Vaccination United Provinces of Agra and Oudh 1914-1922 - 1914-1922
Year: 1914
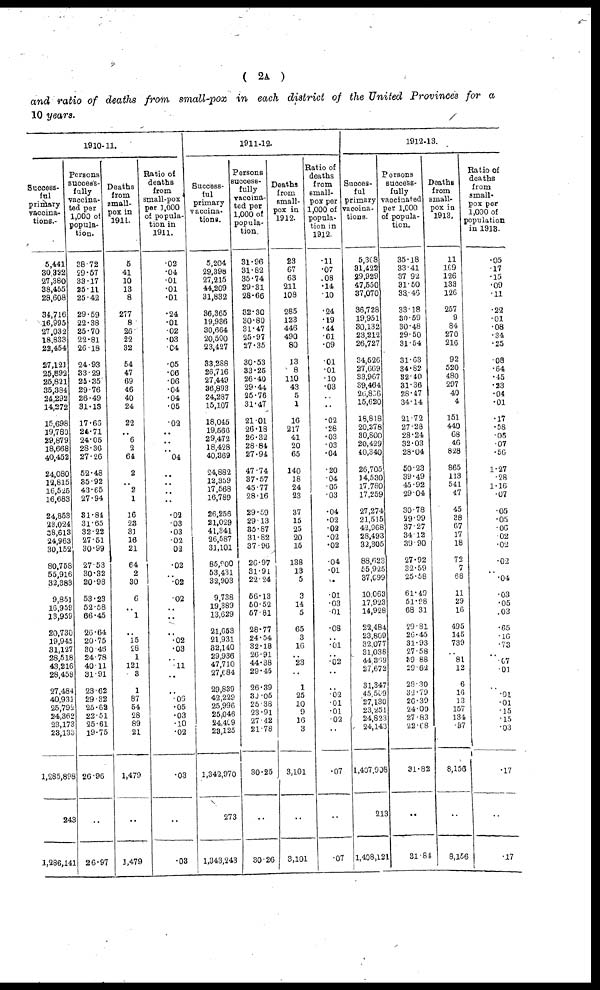
( 2A )
and ratio of deaths from small-pox in each district of the United Provinces for a
10 years.
1910-11.
Success-
ful
primary
vaccina¬
tions.
5,441
30,322
27,380
38,455
28,608
34,716
16,995
27,032
18,833
22,454
27,121
25,892
25,821
35,384
24,292
14,272
15,698
19,780
29,879
18,668
40,452
24,080
12,815
16,525
16,683
24,853
23,024
38,613
24,963
30,152
80,758
55,916
32,383
9,851
16,959
13,959
20,730
19,945
31,127
28,518
43,216
28,458
27,484
40,931
25,792
24,362
23,173
23,133
1,285,898
243
1,286,141
Persons
success-
fully
vaccina-
ted per
1,000 of
popula-
tion.
38.72
29.57
33.17
25.11
25.42
29.59
22.38
25.70
22.81
26.18
24.93
33.29
25.35
29.76
26.49
31.13
17.66
24.71
24.05
28.36
27.26
52.48
35.92
43.65
27.94
31.84
31.65
32.22
27.51
30.99
27.53
30.32
20.98
53.23
52.58
66.45
26.64
20.75
30.43
24.78
40.11
31.91
23.62
29.32
25.62
22.51
25.61
19.75
26.96
..
26.97
Deaths
from
small-
pox in
1911.
5
41
10
13
8
277
8
26
22
32
54
47
69
46
40
24
22
..
6
2
64
2
..
2
1
16
23
31
16
21
64
2
30
6
..
1
..
15
28
1
121
3
1
87
54
28
89
21
1,479
..
1,479
Ratio of
deaths
from
small-pox
per 1,000
of popula-
tion in
1911.
.02
.04
.01
.01
.01
.24
.01
.02
.03
.04
.05
.06
.06
.04
.04
.05
.02
..
..
..
.04
..
..
..
..
.02
.03
.03
.02
.02
.02
..
.02
.02
..
..
..
.02
.03
..
.11
..
..
.06
.05
.03
.10
.02
.03
..
.03
1911-12.
Success-
ful
primary
vaccina-
tions.
5,204
29,398
27,215
44,209
31,832
36,365
19,936
30,664
20,500
23,427
33,288
26,716
27,449
36,893
24,287
15,107
18,045
19,566
29,472
18,428
40,369
24,882
12,359
17,568
16,789
26,256
21,029
41,341
26,587
31,101
85,900
53,431
32,903
9,738
19,389
13,629
21,653
21,931
32,140
29,936
47,710
27,684
29,839
42,229
25,996
25,046
24,409
23,125
1,342,970
273
1,343,243
Persons
success¬
fully
vaccina-
ted per
1,000 of
popula-
tion.
31.96
31.82
35.74
29.31
28.66
32.30
30.80
31.47
25.97
27.35
30.53
33.25
26.40
29.44
25.76
31.47
21.01
26.18
26.32
28.84
27.94
47.74
37.57
45.77
28.16
29.59
29.13
35.87
31.82
37.96
26.97
31.91
22.24
56.13
50.52
57.81
28.77
24.54
32.18
26.91
44.38
29.45
26.39
30.05
25.38
23.91
27.42
21.78
30.25
..
30.26
Deaths
from
small-
pox in
1912.
23
67
63
211
108
285
123
446
490
80
33
8
110
43
5
1
16
217
41
20
65
140
18
24
23
37
15
25
20
15
138
13
5
3
14
5
65
3
16
..
23
..
1
25
10
9
16
3
3,101
..
3,101
Ratio of
deaths
from
small-
pox per
1,000 of
popula-
tion in
1912.
.11
.07
.08
.14
.10
.24
.19
.44
.61
.09
.01
.01
.10
.03
..
..
.02
.28
.03
.03
.04
.20
.04
.05
.03
.04
.02
.02
.02
.02
.04
.01
..
.01
.03
.01
.08
..
.01
..
.02
..
..
.02
.01
.01
.02
..
.07
..
.07
1912-13.
Succes¬
ful
primary
vaccina¬
tions.
5,368
31,422
29,929
47,550
37,070
36,728
19,951
30,132
23,212
26,727
34,526
27,669
33,967
39,464
26,866
15,620
18,818
20,278
30,800
20,429
40,340
26,705
14,530
17,780
17,259
27,274
21,515
42,968
28,493
32,305
88,623
55,925
37,699
10,063
17,923
14,928
22,484
23,809
32,077
31,038
44,369
27,672
31,347
45,509
27,130
23,251
24,823
24,143
1,407.908
213
1,408,121
Persons
success-
fully
vaccinated
per 1,000
of popula-
tion.
35.18
33.41
37.92
31.50
33.46
33.18
30.59
30.48
29.50
31.54
31.63
34.82
32.40
31.36
28.47
34.14
21.72
27.28
28.24
32.03
28.04
50.23
39.49
45.92
29.04
30.78
29.99
37.27
34.12
39 . 90
27.92
32.59
25.58
61.49
51.98
68.31
29.81
26.45
31.93
27.58
39.88
29.62
28.30
32.79
26.39
24.00
27.83
22.68
31.82
..
31.84
Deaths
from
small-
pox in
1913.
11
169
126
133
126
257
9
84
270
216
92
520
480
297
40
4
151
440
68
46
828
865
113
541
47
45
38
67
17
18
72
7
68
11
29
16
495
145
739
..
81
12
6
16
13
157
134
.37
8,156
..
8,156
Ratio of
deaths
from
small-
pox per
1,000 of
population
in 1913.
.05
.17
.15
.09
.11
.22
.01
.08
.34
.25
.08
.64
.45
.23
.04
.01
.17
.58
.06
.07
.56
1.27
.28
1.16
.07
.05
.05
.06
.02
.02
.02
..
.04
.03
.05
.03
.65
.16
.73
..
.67
.01
..
.01
.01
.15
.15
.03
.17
..
.17